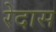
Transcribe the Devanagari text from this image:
रेदास